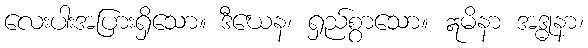
လေးပါးအပြားရှိသော။ ဒီဃေန၊ ရှည်စွာသော။ ဣမိနာ အဒ္ဓုနာ၊